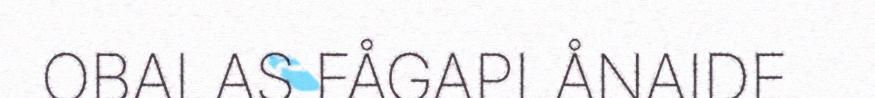
OBALAS FÅGAPLÅNAIDE